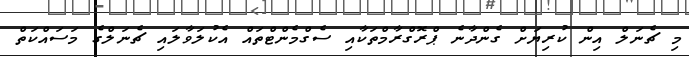
މި ޗެނަލް އިން ކުރިޔަށް ގެންދާނެ ޕްރޮގްރާމްތަކާއި ސެގްމެންޓްތައް އެކުލަވާލައި ޗެނަލްގެ މަސައްކަތް